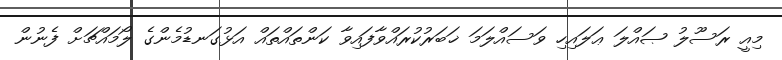
މިއީ ރަސޫލު ޞައްލަ ޢަލައިހި ވަސައްލަމަ ޚަބަރުކުރައްވާފައިވާ ކަންތައްތައް އަޅުގަނޑުމެންގެ ލޯމައްޗަށް ފެނުން